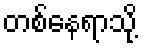
တစ်နေရာသို့